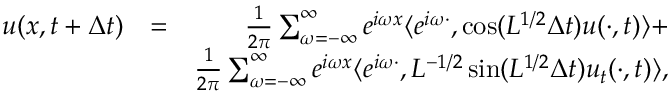
\begin{array} { r l r } { u ( x , t + \Delta t ) } & { = } & { \frac { 1 } { 2 \pi } \sum _ { \omega = - \infty } ^ { \infty } e ^ { i \omega x } \langle e ^ { i \omega \cdot } , \cos ( L ^ { 1 / 2 } \Delta t ) u ( \cdot , t ) \rangle + } \\ & { } & { \frac { 1 } { 2 \pi } \sum _ { \omega = - \infty } ^ { \infty } e ^ { i \omega x } \langle e ^ { i \omega \cdot } , L ^ { - 1 / 2 } \sin ( L ^ { 1 / 2 } \Delta t ) u _ { t } ( \cdot , t ) \rangle , } \end{array}